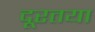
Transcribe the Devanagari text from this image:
दूरतया